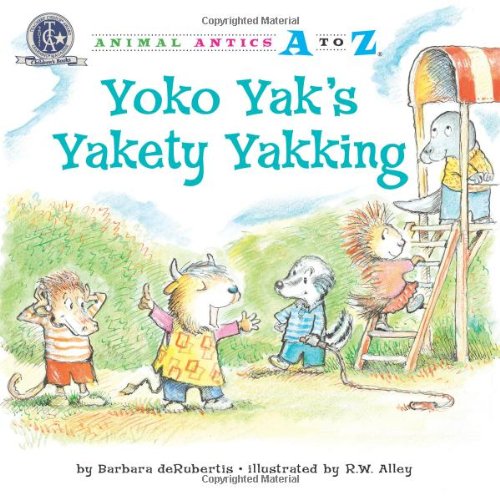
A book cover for Yoko Yak's Yakety Yakking (Animal Antics A to Z); Barbara deRubertis; Children's Books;